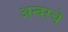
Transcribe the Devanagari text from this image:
अन्वरचे